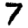
Digit: 7